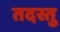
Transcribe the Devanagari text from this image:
तदस्तु